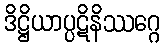
ဒိဋ္ဌိယာပ္ပဋိနိဿဂ္ဂေ